Annual report of the Punjab Veterinary College and of the Civil Veterinary Department, Punjab - 1926-1932
Year: 1926
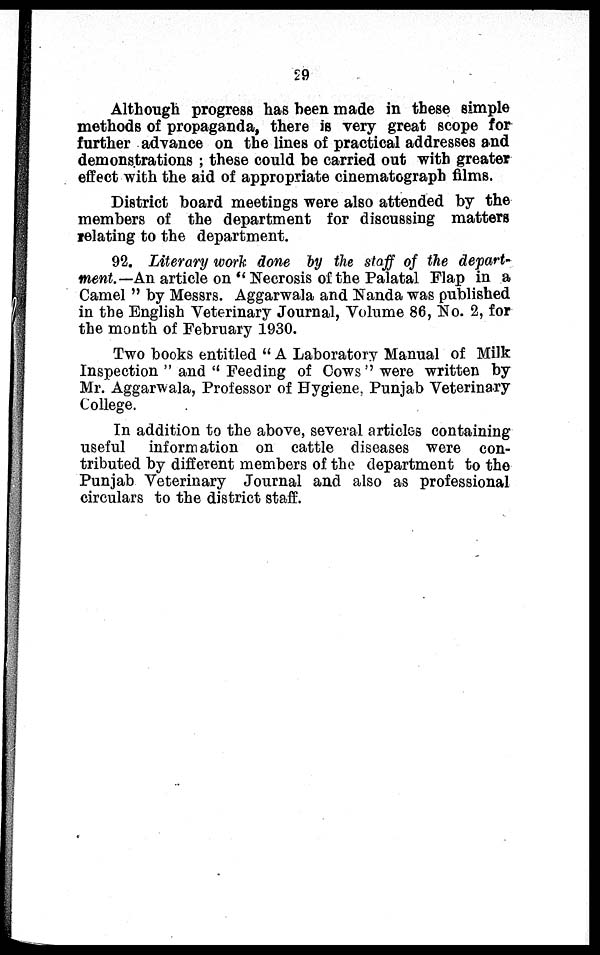
29
Although progress has been made in these simple
methods of propaganda, there is very great scope for
further advance on the lines of practical addresses and
demonstrations ; these could be carried out with greater
effect with the aid of appropriate cinematograph films.
District board meetings were also attended by the
members of the department for discussing matters
relating to the department.
92. Literary work done by the staff of the depart-
ment.—An article on " Necrosis of the Palatal Flap in a
Camel " by Messrs. Aggarwala and Nanda was published
in the English Veterinary Journal, Volume 86, No. 2, for
the month of February 1930.
Two books entitled " A Laboratory Manual of Milk
Inspection " and " Feeding of Cows " were written by
Mr. Aggarwala, Professor of Hygiene, Punjab Veterinary
College.
In addition to the above, several articles containing
useful
information on cattle diseases were con-
tributed by different members of the department to the
Punjab Veterinary Journal and also as professional
circulars to the district staff.